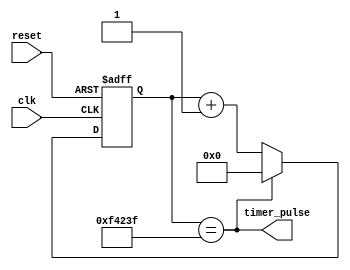
module RTC_timer (
    input wire clk,
    input wire reset,
    output wire timer_pulse
);

reg [31:0] counter;

parameter INTERVAL = 1000000; // 1 second interval

always @(posedge clk or posedge reset) begin
    if (reset) begin
        counter <= 0;
    end else begin
        if (counter == INTERVAL - 1) begin
            counter <= 0;
        end else begin
            counter <= counter + 1;
        end
    end
end

assign timer_pulse = (counter == INTERVAL - 1);

endmodule